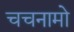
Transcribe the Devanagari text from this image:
चचनामो